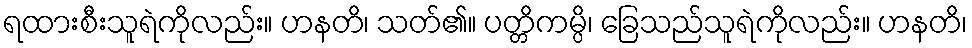
ရထားစီးသူရဲကိုလည်း။ ဟနတိ၊ သတ်၏။ ပတ္တိကမ္ပိ၊ ခြေသည်သူရဲကိုလည်း။ ဟနတိ၊